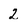
Character: 2